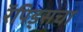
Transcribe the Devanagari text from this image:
रॅपिड्सचा